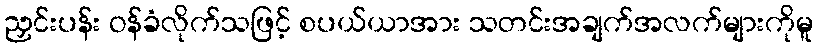
ညှင်းပန်း ဝန်ခံလိုက်သဖြင့် စပယ်ယာအား သတင်းအချက်အလက်များကိုမူ